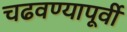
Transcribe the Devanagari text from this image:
चढवण्यापूर्वी